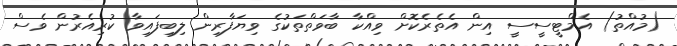
(މުއްތު) އެމްޓީސީސީ އިން އެތެރެކޮށް ވިއްކާ ބާވަތްތަކުގެ ވިޔަފާރިން ލިބިފައިވާ ކުރިއެރުން ވެސް